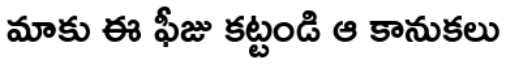
మాకు ఈ ఫీజు కట్టండి ఆ కానుకలు